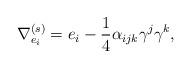
LaTeX: \begin{align*}\nabla ^{(s)}_{e_{i}} = e_{i} - \frac{1}{4}\alpha _{ijk}\gamma ^{j}\gamma ^{k},\end{align*}